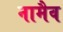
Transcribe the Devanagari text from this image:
नामैव